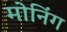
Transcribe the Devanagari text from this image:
मोनिंग